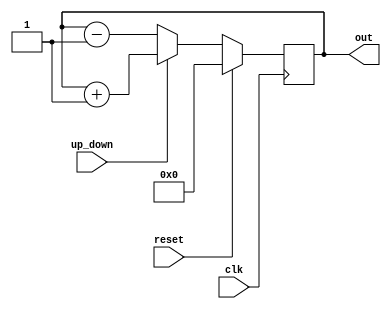
//-----------------------------------------------------
// Design Name : up_down_counter
// Function    : Up down counter
// Coder       : Deepak Kumar Tala
//-----------------------------------------------------
module up_down_counter    (
out      ,  // Output of the counter
up_down  ,  // up_down control for counter
clk      ,  // clock input
reset       // reset input
);
//----------Output Ports--------------
output [7:0] out;
//------------Input Ports-------------- 
input up_down, clk, reset;
//------------Internal Variables--------
reg [7:0] out;
//-------------Code Starts Here-------
always @(posedge clk)
if (reset) begin // active high reset
  out <= 8'b0 ;
end else if (up_down) begin
  out <= out + 1;
end else begin
  out <= out - 1;
end

endmodule